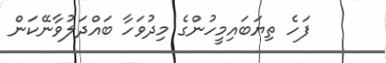
ފަހެ ތިޔަބައިމީހުންގެ މިދުވަހާ ބައްދަލުވާނޭކަން